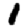
Digit: 1